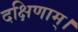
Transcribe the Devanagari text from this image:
दक्षिणाम्‌।